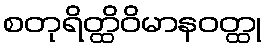
စတုရိတ္ထိဝိမာနဝတ္ထု